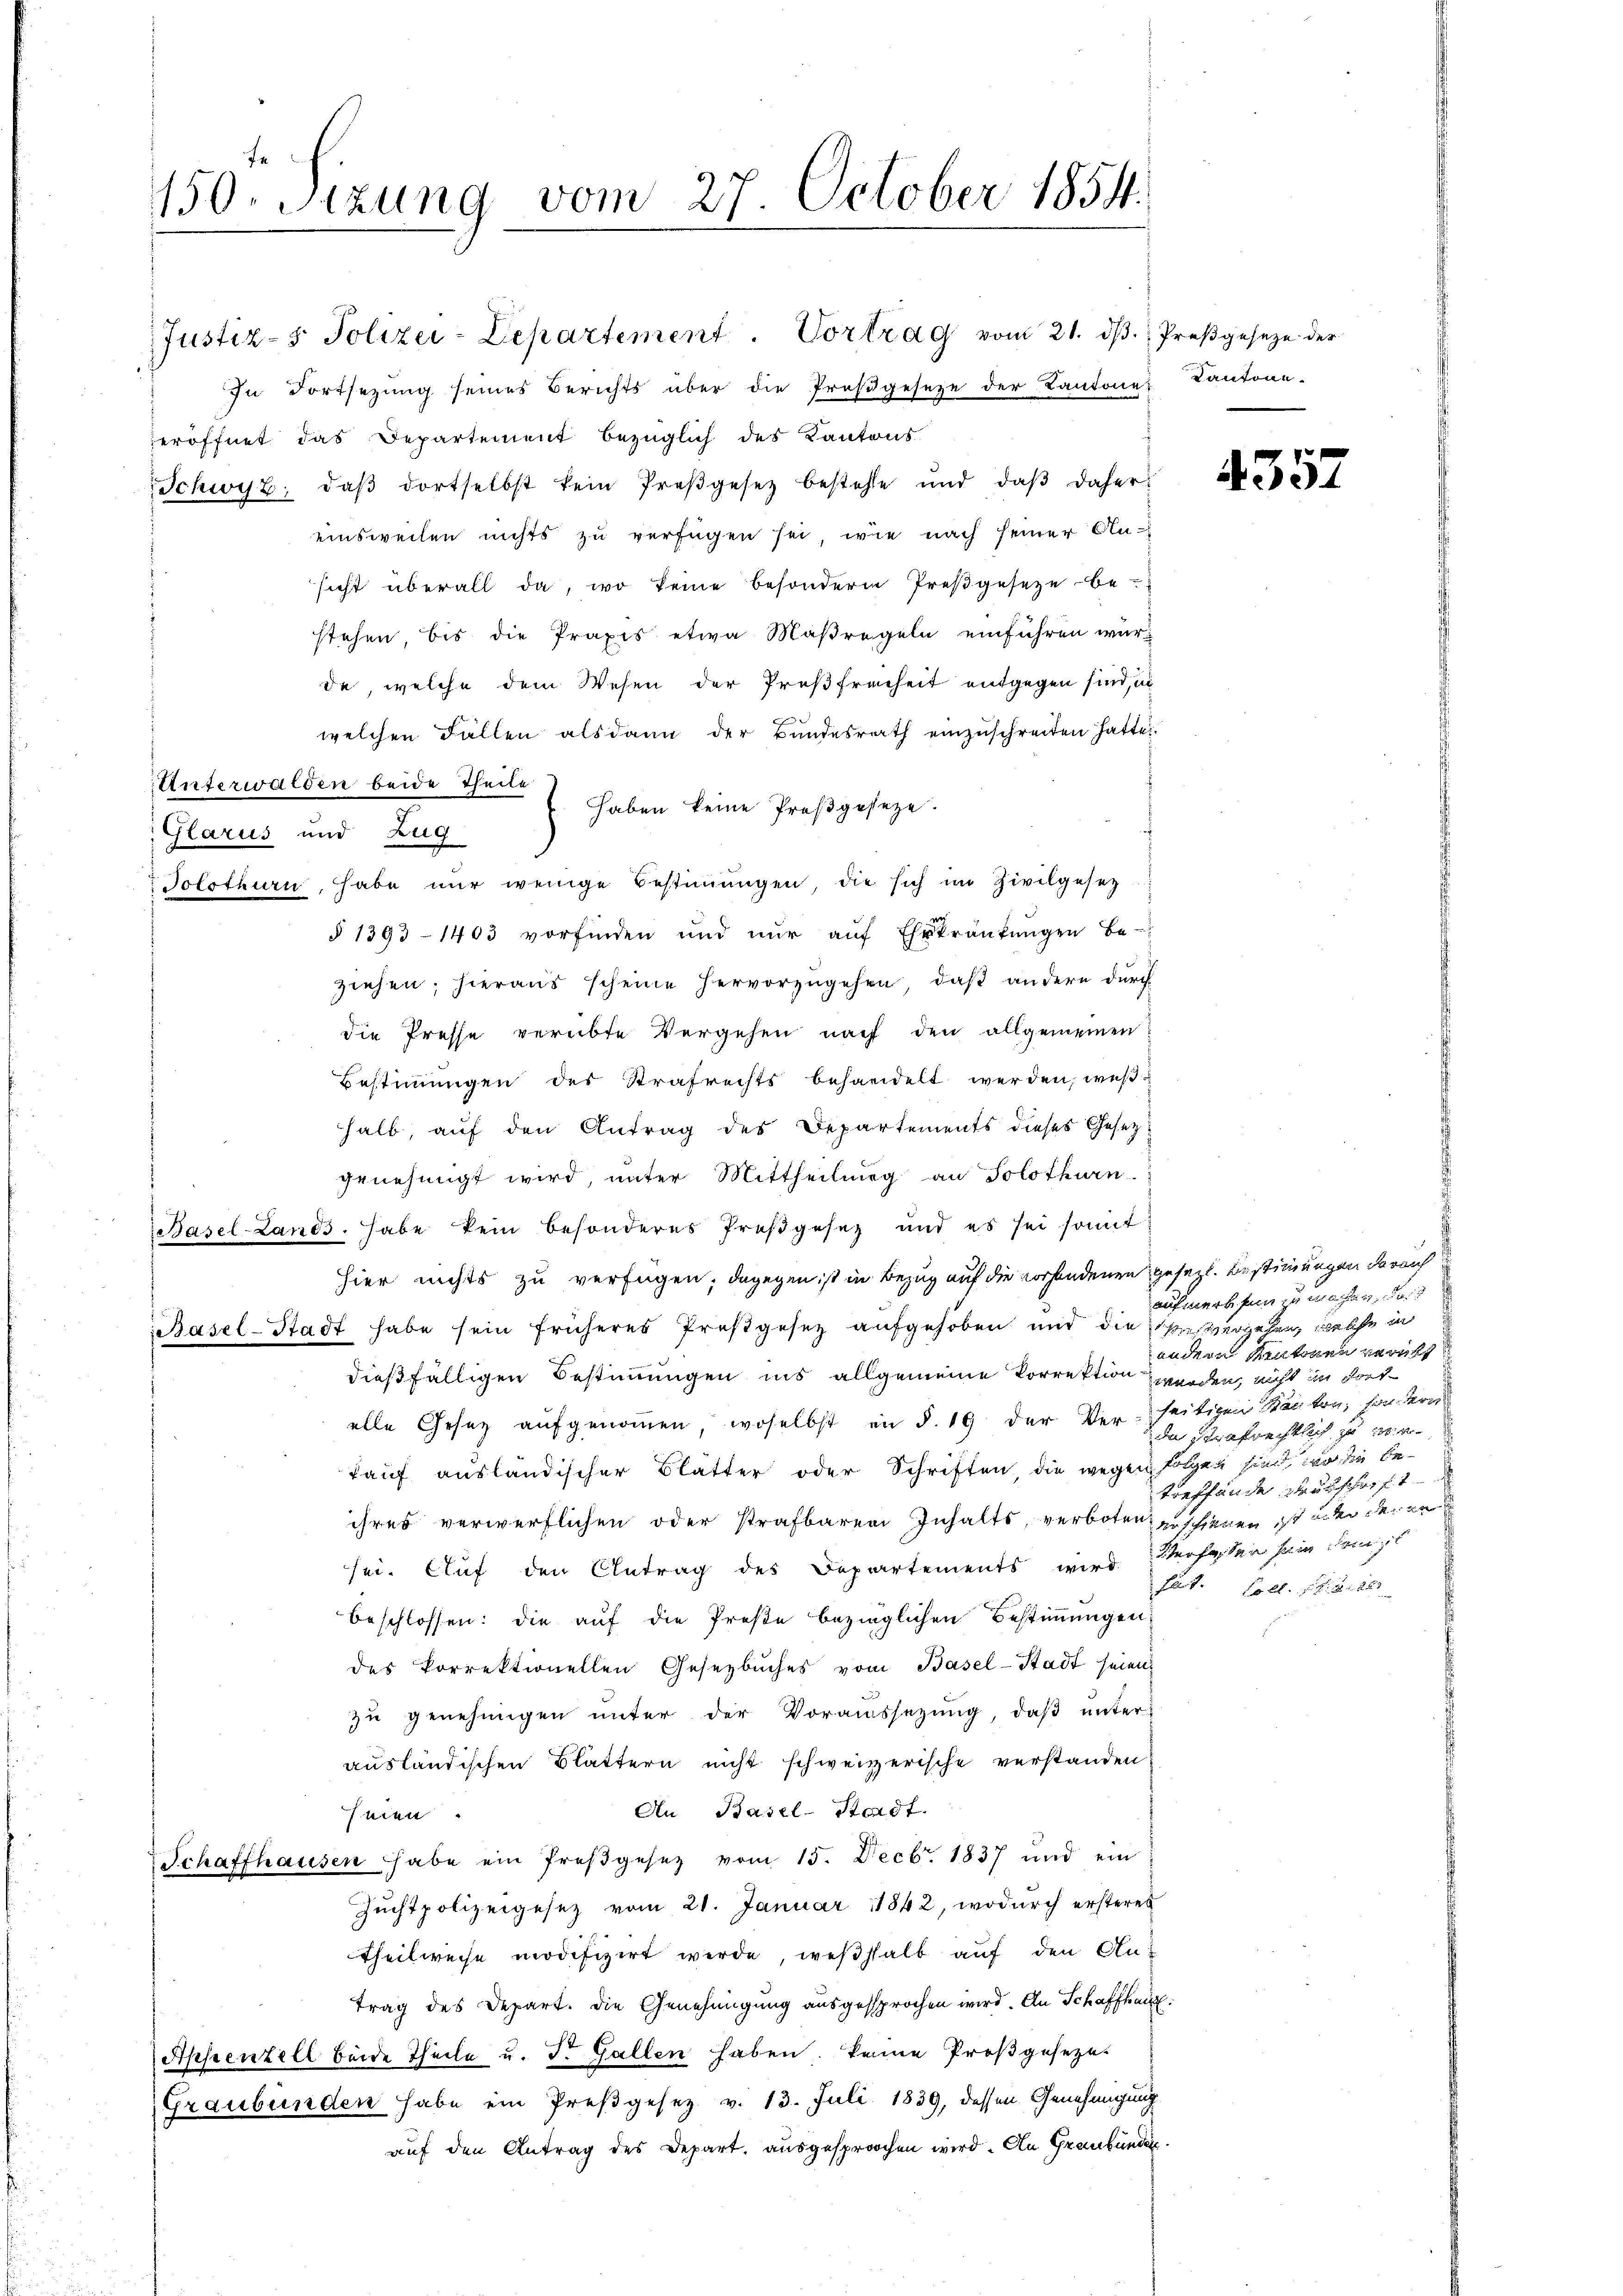
150. Sitzung vom 27. October 1854.

Justiz- & Polizei-Lepartement. Vortrag vom 21. dβ.  Preßgeseze der
In Fortsezung seines Berichts über die Proβgeseze der Kantone Kantone-
eröffnet das Departement bezüglich des Kantons
Schwyz, daβ dortselbst kein Preßgesetz bestehe und daβ daher
einsweilen nichts zu verfügen sei, wie nach seiner An-
sicht überall da, wo keine besondern Preßgesetze be-
stehen, bis die Praxis etwa Maßregeln einführen wurde, welche dem Wesen der Preßfreiheit entgegen sind, un
welchen Fällen alsdann der Bundesrath einzuschreiten hatte.
Unterwalden beide Theile
haben keine Preßgesetze.
Glarus und Zug
Solothurn, habe nur wenige Bestimmungen, die sich im Zivilgesetz
§ 1393 - 1403 vorfinden und nŭr aŭf Ehrkränkungen be-
ziehen; hieraus scheine hervorzugehen, daß andere durch
die Presse verübte Vergehen nach den allgemeinen
Bestimmungen des Strafrechts behandelt werden, weßhalb, auf den Antrag des Departements dieses Gesetzgenehmigt wird, unter Mittheilung an Solothurn.
Basel-Lands habe kein besonderes Preßgesez und es sei somit
hier nichts zu verfügen; dagegen ist in Bezug auf die vorhandenen gesezt. Bestimmungen darauf
Basel-Stadt habe sein früheres Preßgesez aufgehoben und die ihres vergehen, welche in
dießfälligen Bestimmungen ins allgemeine Korrektion werden, nicht in Fort-
alle Gesetz aufgenommen, woselbst in §. 19 der Verseitigen Kanton, har von
Tauf ausländischer Blätter oder Schriften, die wegen
ihres verwerflichen oder strafbaren Inhalts, verboten zuschienen ist under derer
sei. Auf den Antrag des Departements wird Verfassen sein dem
beschlossen: die auf die Preße bezüglichen Bestimmungen
des korrektionellen Gesetzbuches vom Basel-Stadt seien
zu genehmigen unter der Voraussetzung, daβ ŭnter-
ausländischen Blättern nicht schweizerische verstanden.
An Basel-Standt.
seien.
Schaffhausen habe ein Proβgesetz vom 15. Decbr. 1837 und ein
Zuchtpolizeigesez vom 21. Januar 1842, wodurch ersteres
theilweise modifizirt werde, weßhalb auf den Antrag des Depart. Die Genehmigung ausgesprochen wird. An Schaffhau
Appenzell beide Theile u. dr. Gallen haben, keine Proßgeseze
Graubünden habe ein Preßgesetz v. 13. Juli 1839, dessen Genehmigung
auf den Antrag des Depart, ausgesprochen wird. An Graubünden

4357

aufmerksam zu machen
andern Kantonen verübt
da strafrechtlich zu verfolgen sind, wo die Betreffende Deutschärft
hat. Coll. P. d. 26